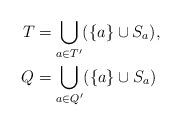
LaTeX: \begin{align*}T&=\bigcup_{a \in T'} (\{a\} \cup S_a),\\Q&=\bigcup_{a \in Q'} (\{a\} \cup S_a)\end{align*}